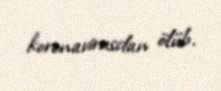
koronavirusdan ölüb.